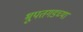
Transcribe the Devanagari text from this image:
भूपतगडच्या